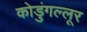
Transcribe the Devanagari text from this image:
कोडुंगल्लूर